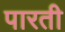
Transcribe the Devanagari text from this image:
पारती